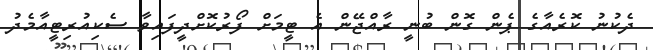
ދެކުނު ކޮރެއާގެ ޕެން ގޮން ބުނީ ރާއްޖޭން އެ ޓީމަަށް ފޯރުކޮށްދީފައިވާ ސެކިއުރިޓީއާމެދު